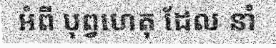
អំពី បុព្វហេតុ ដែល នាំ